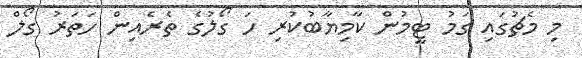
މި މެޗުގައި ގަމު ޓީމުން ކާމިޔާބުކުރި ހަ ގޯލުގެ ތެރެއިން ހަތަރު ގޯލް